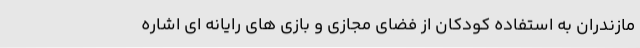
مازندران به استفاده کودکان از فضای مجازی و بازی های رایانه ای اشاره